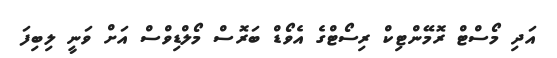
އަދި މޯސްޓް ރޮމޭންޓިކް ރިސޯޓްގެ އެވޯޑް ބަރޮސް މޯލްޑިވްސް އަށް ވަނީ ލިބިފަ